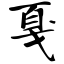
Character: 戛